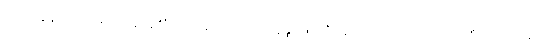
ကင်းလွန်သောအခါ ပြန်ယူ၏။ ရဟန်းသည် ကုက္ကုစ္စ ဖြစ်၏။ ချစ်သား၊ သင် အဘယ်စိတ်ရှိသနည်း။